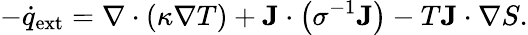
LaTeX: -{\dot{q}}_{\mathrm{ext}}=\nabla\cdot(\kappa\nabla T)+\mathbf{J}\cdot\left(\sigma^{-1}\mathbf{J}\right)-T\mathbf{J}\cdot\nabla S.